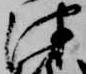
津